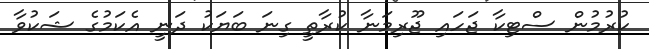
ކުރުމުން ސްޓިކާ ޖަހައި ޖޫރިމަނާ ކުރާތީ ގިނަ ބަޔަކު ދަނީ އެކަމުގެ ޝަކުވާ